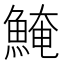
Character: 𩸆